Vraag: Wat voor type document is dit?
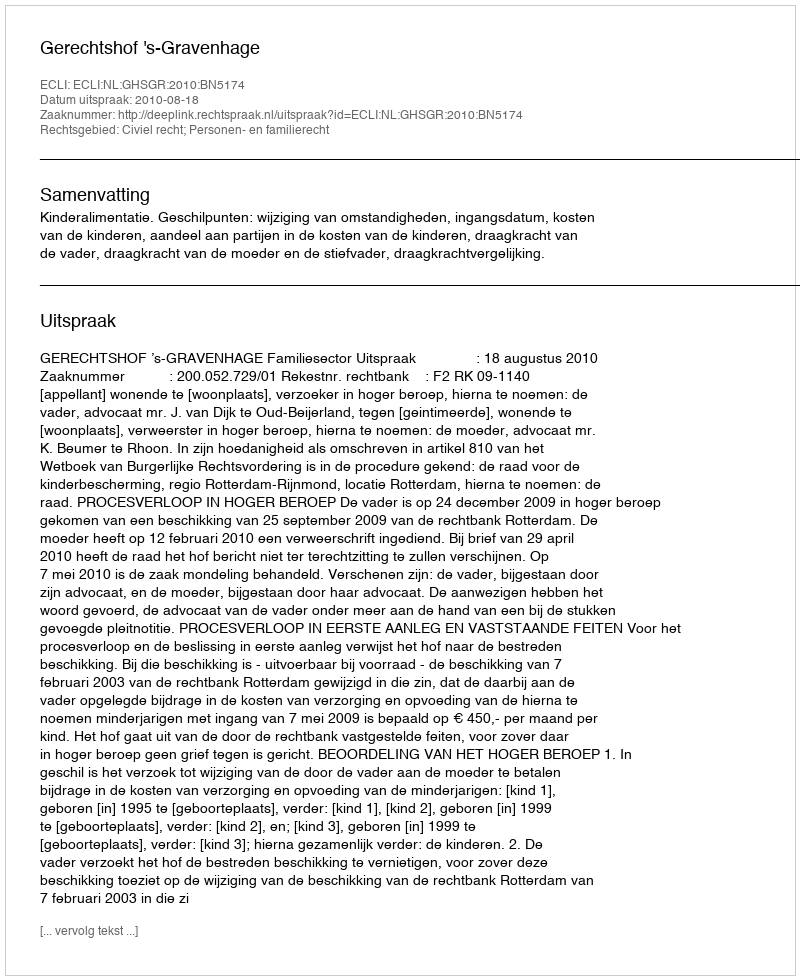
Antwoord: Uitspraak